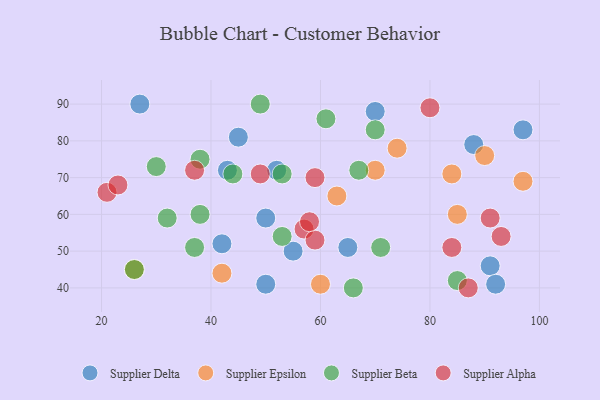
{"axis": {"x": "GDP", "y": "Life Expectancy"}, "legend": ["Supplier Alpha", "Supplier Beta", "Supplier Delta", "Supplier Epsilon"], "data": [{"x": "50", "y": 41, "type": "Supplier Delta"}, {"x": "52", "y": 72, "type": "Supplier Delta"}, {"x": "43", "y": 72, "type": "Supplier Delta"}, {"x": "88", "y": 79, "type": "Supplier Delta"}, {"x": "45", "y": 81, "type": "Supplier Delta"}, {"x": "70", "y": 88, "type": "Supplier Delta"}, {"x": "65", "y": 51, "type": "Supplier Delta"}, {"x": "97", "y": 83, "type": "Supplier Delta"}, {"x": "91", "y": 46, "type": "Supplier Delta"}, {"x": "55", "y": 50, "type": "Supplier Delta"}, {"x": "42", "y": 52, "type": "Supplier Delta"}, {"x": "50", "y": 59, "type": "Supplier Delta"}, {"x": "92", "y": 41, "type": "Supplier Delta"}, {"x": "27", "y": 90, "type": "Supplier Delta"}, {"x": "97", "y": 69, "type": "Supplier Epsilon"}, {"x": "42", "y": 44, "type": "Supplier Epsilon"}, {"x": "60", "y": 41, "type": "Supplier Epsilon"}, {"x": "84", "y": 71, "type": "Supplier Epsilon"}, {"x": "26", "y": 45, "type": "Supplier Epsilon"}, {"x": "90", "y": 76, "type": "Supplier Epsilon"}, {"x": "70", "y": 72, "type": "Supplier Epsilon"}, {"x": "74", "y": 78, "type": "Supplier Epsilon"}, {"x": "63", "y": 65, "type": "Supplier Epsilon"}, {"x": "85", "y": 60, "type": "Supplier Epsilon"}, {"x": "38", "y": 60, "type": "Supplier Beta"}, {"x": "61", "y": 86, "type": "Supplier Beta"}, {"x": "53", "y": 71, "type": "Supplier Beta"}, {"x": "85", "y": 42, "type": "Supplier Beta"}, {"x": "44", "y": 71, "type": "Supplier Beta"}, {"x": "26", "y": 45, "type": "Supplier Beta"}, {"x": "53", "y": 54, "type": "Supplier Beta"}, {"x": "38", "y": 75, "type": "Supplier Beta"}, {"x": "30", "y": 73, "type": "Supplier Beta"}, {"x": "66", "y": 40, "type": "Supplier Beta"}, {"x": "37", "y": 51, "type": "Supplier Beta"}, {"x": "32", "y": 59, "type": "Supplier Beta"}, {"x": "71", "y": 51, "type": "Supplier Beta"}, {"x": "67", "y": 72, "type": "Supplier Beta"}, {"x": "70", "y": 83, "type": "Supplier Beta"}, {"x": "49", "y": 90, "type": "Supplier Beta"}, {"x": "91", "y": 59, "type": "Supplier Alpha"}, {"x": "59", "y": 70, "type": "Supplier Alpha"}, {"x": "57", "y": 56, "type": "Supplier Alpha"}, {"x": "49", "y": 71, "type": "Supplier Alpha"}, {"x": "21", "y": 66, "type": "Supplier Alpha"}, {"x": "37", "y": 72, "type": "Supplier Alpha"}, {"x": "80", "y": 89, "type": "Supplier Alpha"}, {"x": "93", "y": 54, "type": "Supplier Alpha"}, {"x": "59", "y": 53, "type": "Supplier Alpha"}, {"x": "87", "y": 40, "type": "Supplier Alpha"}, {"x": "58", "y": 58, "type": "Supplier Alpha"}, {"x": "84", "y": 51, "type": "Supplier Alpha"}, {"x": "23", "y": 68, "type": "Supplier Alpha"}]}